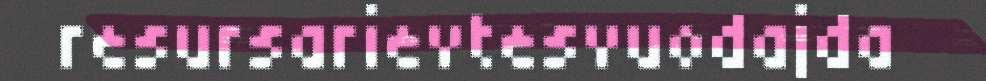
resursarievtesvuodajda